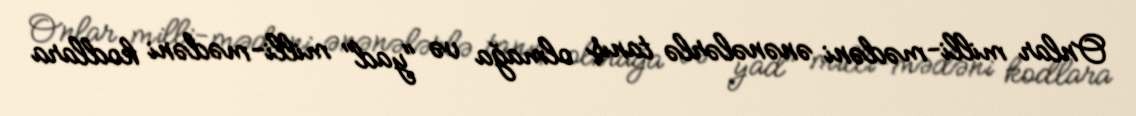
Onlar milli-mədəni ənənələrlə tanış olmağa və "yad" milli-mədəni kodlara